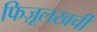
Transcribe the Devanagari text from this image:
फिज़ूलखर्ची